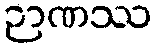
ဉာဏဿ